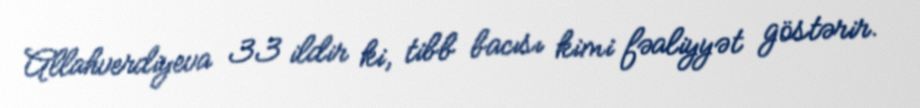
Allahverdiyeva 33 ildir ki, tibb bacısı kimi fəaliyyət göstərir.